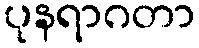
ပုနရာဂတာ